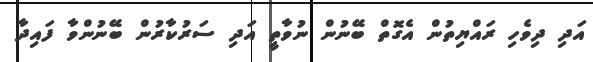
އަދި ދިވެހި ރައްޔިތުން އެގޮތް ބޭނުން ނުވާތީ އަދި ސަރުކާރުން ބޭނުންވާ ފައިދާ